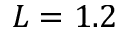
L = 1 . 2